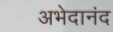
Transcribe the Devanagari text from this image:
अभेदानंद